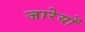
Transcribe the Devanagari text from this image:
जारेयों